Civil Veterinary Department. Madras. Admin. report 1910-25 - 1910-1925
Year: 1910
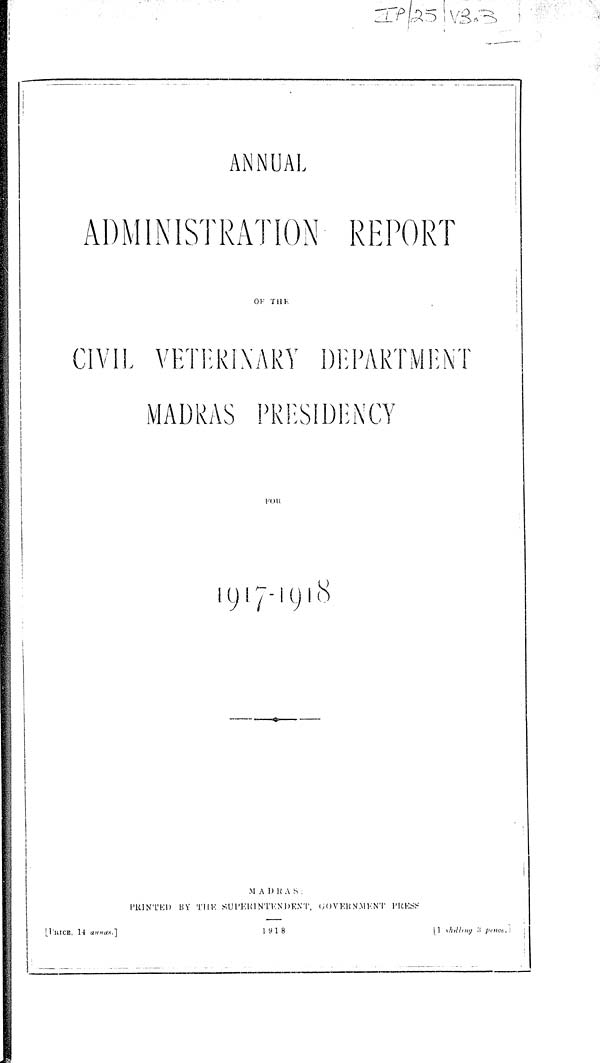
ANNUAL
ADMINISTRATION REPORT
OF THE
CIVIL VETERINARY DEPARTMENT
MADRAS PRESIDENCY
FOR
1917-1918
MADRAS:
PRINTED BY THE SUPERINTENDENT, GOVERNMENT PRESS
[PRICE, 14 annas.]
1918
[1 shilling 3 pence.]